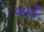
બોડઁ